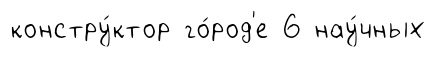
констру́ктор го́род'е 6 нау́чных